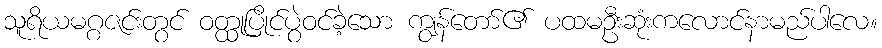
သူရိယမဂ္ဂဇင်းတွင် ဝတ္ထုပြိုင်ပွဲဝင်ခဲ့သော ကျွန်တော်၏ ပထမဦးဆုံးကလောင်နာမည်ပါလေ။